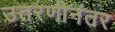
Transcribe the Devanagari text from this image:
उतरणीनंतर